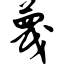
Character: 蔑